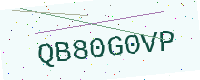
Text: QB80G0VP